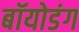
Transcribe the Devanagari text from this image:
बॉयोडंग